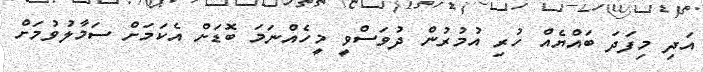
އަދި މިފަދަ ބައްޔެއް ހުރި އުމުރުން ދުވަސްވީ މީހެއްނަމަ ބޮޑަށް އެކަމަށް ސަމާލުވުމަށް